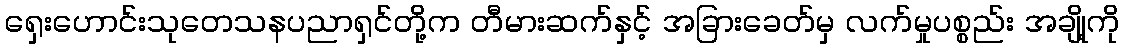
ရှေးဟောင်းသုတေသနပညာရှင်တို့က တီမားဆက်နှင့် အခြားခေတ်မှ လက်မှုပစ္စည်း အချို့ကို